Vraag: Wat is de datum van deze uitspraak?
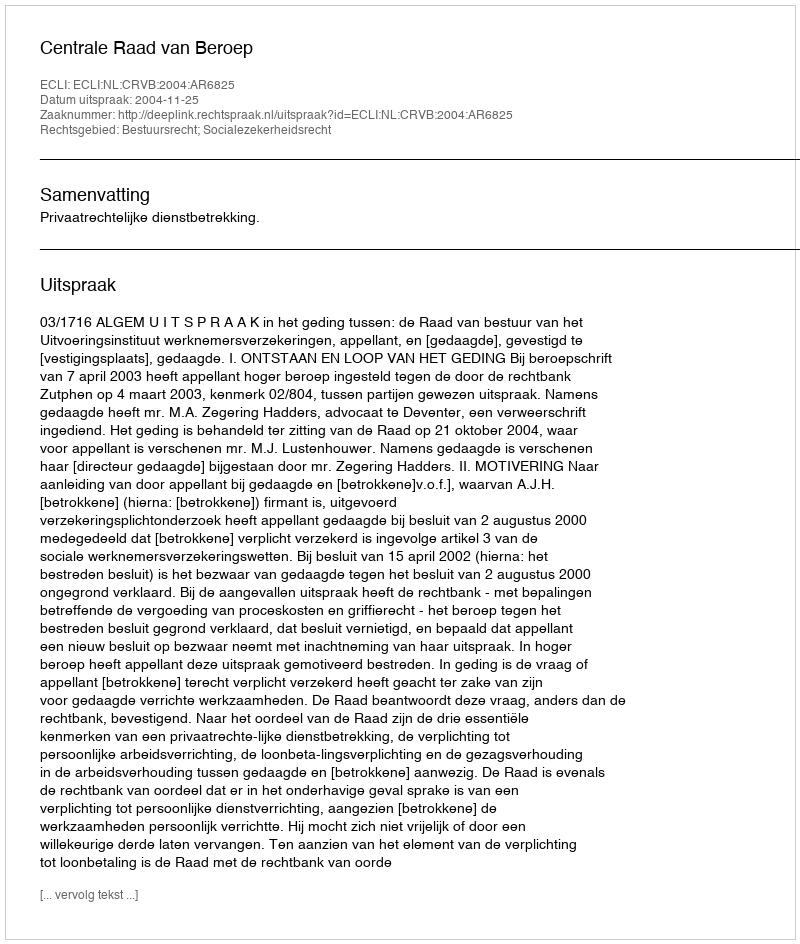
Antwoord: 2004-11-25